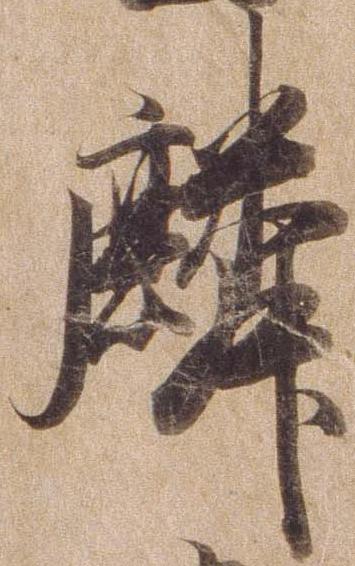
麟